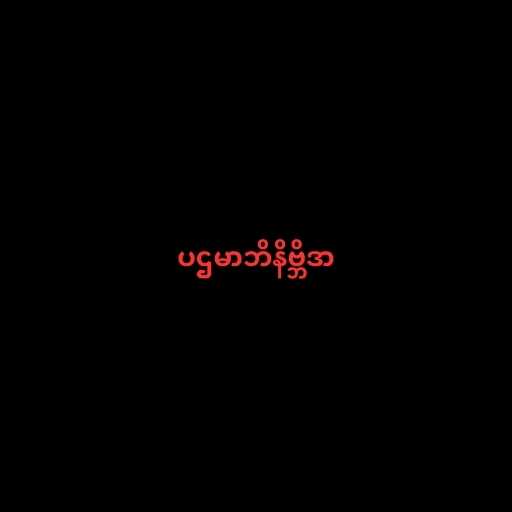
ပဌမာဘိနိဗ္ဘိဒာ